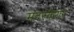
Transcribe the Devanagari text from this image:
मदरकेयर